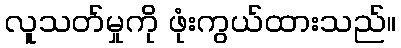
လူသတ်မှုကို ဖုံးကွယ်ထားသည်။